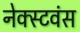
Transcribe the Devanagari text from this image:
नेक्स्टवंस